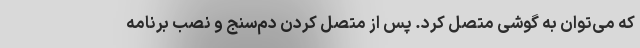
که می‌توان به گوشی متصل کرد. پس از متصل کردن دم‌سنج و نصب برنامه